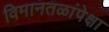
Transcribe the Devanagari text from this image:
विमानतळांपेक्षा